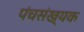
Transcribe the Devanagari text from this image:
पंचसंख्यक